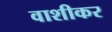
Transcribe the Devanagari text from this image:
वाशीकर